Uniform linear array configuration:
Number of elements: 48
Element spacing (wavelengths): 1
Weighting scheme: blackman
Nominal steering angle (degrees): -60
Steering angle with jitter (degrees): -60.474
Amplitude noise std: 0.05
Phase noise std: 0.05

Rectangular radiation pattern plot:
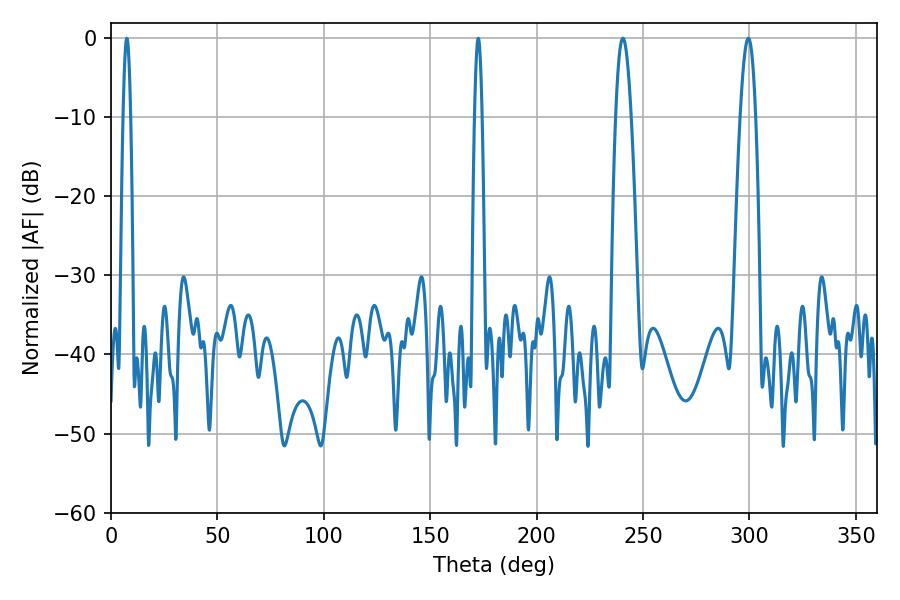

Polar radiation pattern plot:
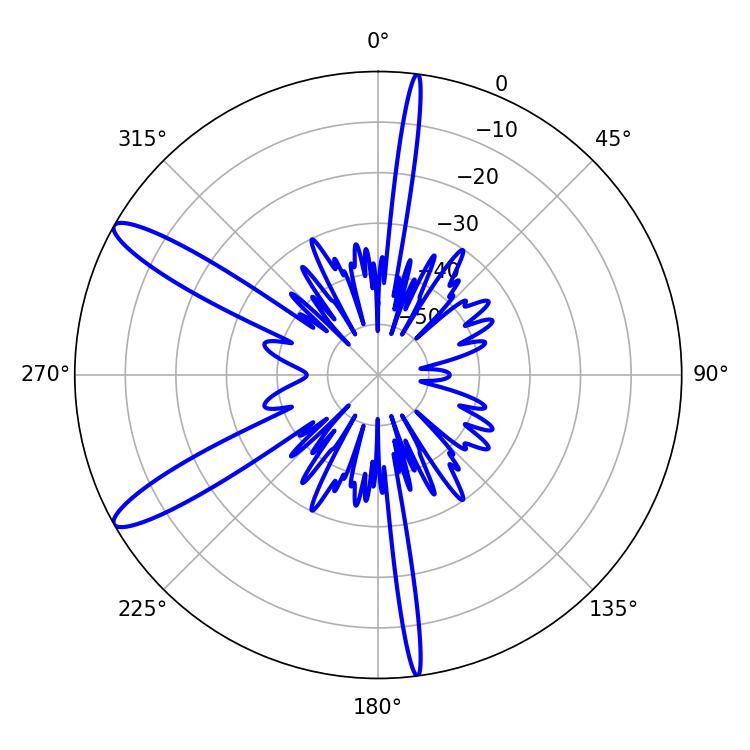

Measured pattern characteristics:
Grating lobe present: TRUE
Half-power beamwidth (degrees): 3.96
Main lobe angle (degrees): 240.48